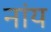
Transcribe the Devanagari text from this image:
नांय